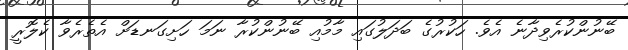
ބޭނުންކުރެވިދާނެ އެވެ. ހަކުރުގެ ބަދަލުގައި މާމުއި ބޭނުންކުރާ ނަމަ ހަށިގަނޑަށް އެތެރެވާ ކެލޮރީ